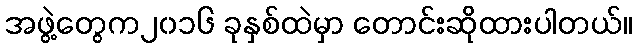
အဖွဲ့တွေက၂၀၁၆ ခုနှစ်ထဲမှာ တောင်းဆိုထားပါတယ်။